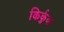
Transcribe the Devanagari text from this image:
किर्कुक